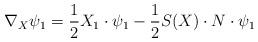
LaTeX: \begin{align*}\nabla_X\psi_1=\frac{1}{2}X_1\cdot\psi_1-\frac{1}{2}S(X)\cdot N\cdot\psi_1\end{align*}